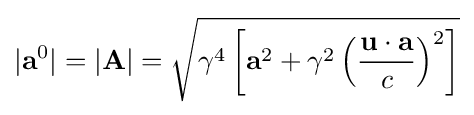
|\mathbf {a} ^{0}|=|\mathbf {A} |={\sqrt {\gamma ^{4}\left[\mathbf {a} ^{2}+\gamma ^{2}\left({\frac {\mathbf {u} \cdot \mathbf {a} }{c}}\right)^{2}\right]}}